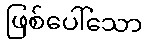
ဖြစ်ပေါ်သော